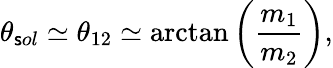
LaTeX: \theta_{\mathsf{s}ol}\simeq\theta_{12}\simeq\arctan\left({\frac{{m_{1}}}{{m_{2}}}}\right),